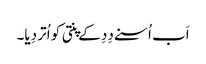
اَب اُسنے دِدِ کے پنتی کو اُتر دِیا۔